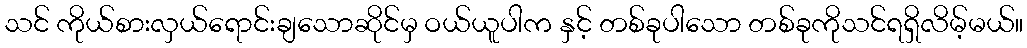
သင် ကိုယ်စားလှယ်ရောင်းချသောဆိုင်မှ ဝယ်ယူပါက နှင့် တစ်ခုပါသော တစ်ခုကိုသင်ရရှိလိမ့်မယ်။